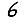
Digit: 6